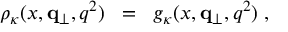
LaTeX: \rho _ { \kappa } ( x , { \bf q } _ { \perp } , q ^ { 2 } ) \; \; = \; \; g _ { \kappa } ( x , { \bf q } _ { \perp } , q ^ { 2 } ) \; ,